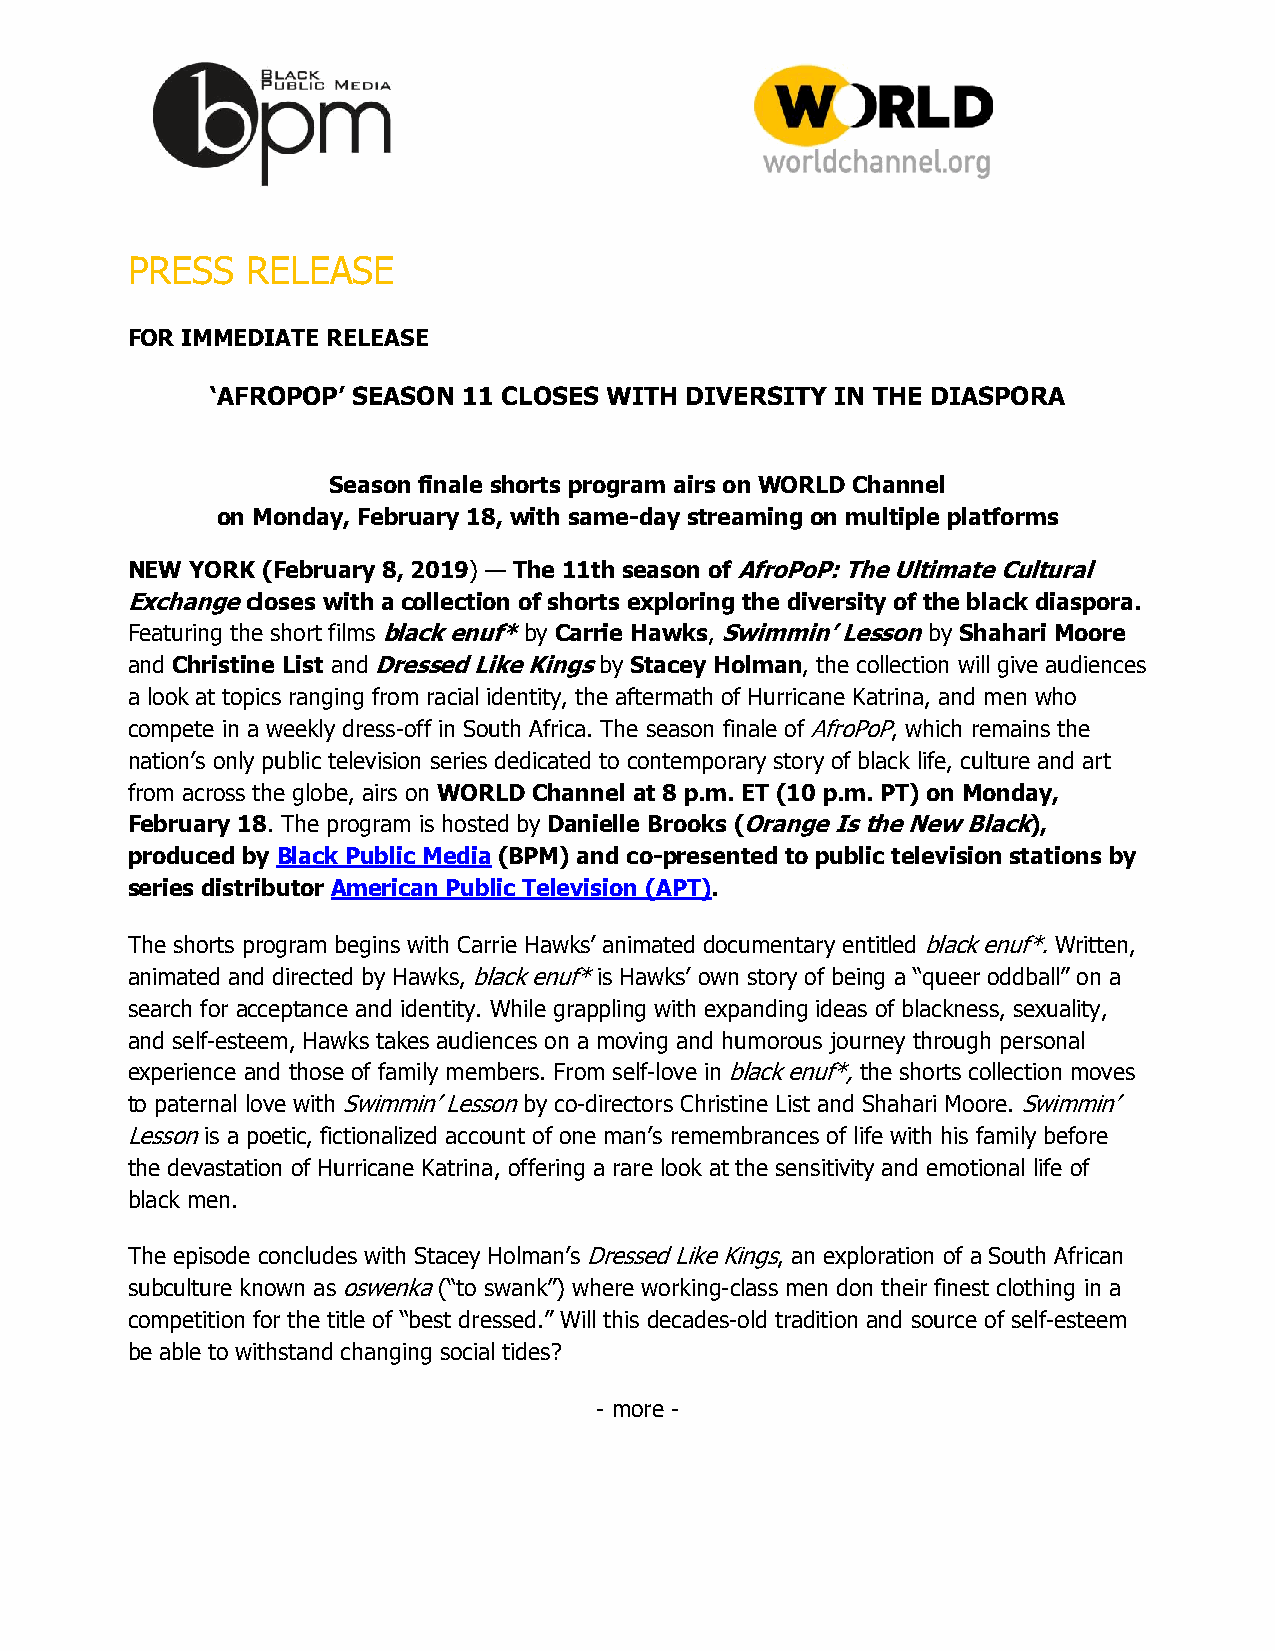
PRESS   RELEASE
 FOR IMMEDIATE RELEASE
 ‘AFROPOP’ SEASON 11 CLOSES WITH DIVERSITY IN THE DIASPORA
 Season finale shorts program airs on WORLD Channel
 on Monday, February 18, with same-day streaming on multiple platforms
 NEW  YORK (February 8, 2019) — The 11th season of AfroPoP: The Ultimate Cultural
 Exchange closes with a collection of shorts exploring the diversity of the black diaspora.
 Featuring the short films black enuf* by Carrie Hawks, Swimmin’ Lesson by Shahari Moore
 and Christine List and Dressed Like Kings by Stacey Holman, the collection will give audiences
 a look at topics ranging from racial identity, the aftermath of Hurricane Katrina, and men who
 compete in a weekly dress-off in South Africa. The season finale of AfroPoP, which remains the
 nation’s only public television series dedicated to contemporary story of black life, culture and art
 from across the globe, airs on WORLD Channel at 8 p.m. ET (10 p.m. PT) on Monday,
 February 18. The program is hosted by Danielle Brooks (Orange Is the New Black),
 produced by Black Public Media (BPM) and co-presented to public television stations by
 series distributor American Public Television (APT).
 The shorts program begins with Carrie Hawks’ animated documentary entitled black enuf*. Written,
 animated and directed by Hawks, black enuf* is Hawks’ own story of being a “queer oddball” on a
 search for acceptance and identity. While grappling with expanding ideas of blackness, sexuality,
 and self-esteem, Hawks takes audiences on a moving and humorous journey through personal
 experience and those of family members. From self-love in black enuf*, the shorts collection moves
 to paternal love with Swimmin’ Lesson by co-directors Christine List and Shahari Moore. Swimmin’
 Lesson is a poetic, fictionalized account of one man’s remembrances of life with his family before
 the devastation of Hurricane Katrina, offering a rare look at the sensitivity and emotional life of
 black men.
 The episode concludes with Stacey Holman’s Dressed Like Kings, an exploration of a South African
 subculture known as oswenka (“to swank”) where working-class men don their finest clothing in a
 competition for the title of “best dressed.” Will this decades-old tradition and source of self-esteem
 be able to withstand changing social tides?
 - more -